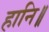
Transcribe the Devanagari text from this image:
हानि॥